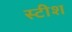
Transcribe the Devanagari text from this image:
स्टीश